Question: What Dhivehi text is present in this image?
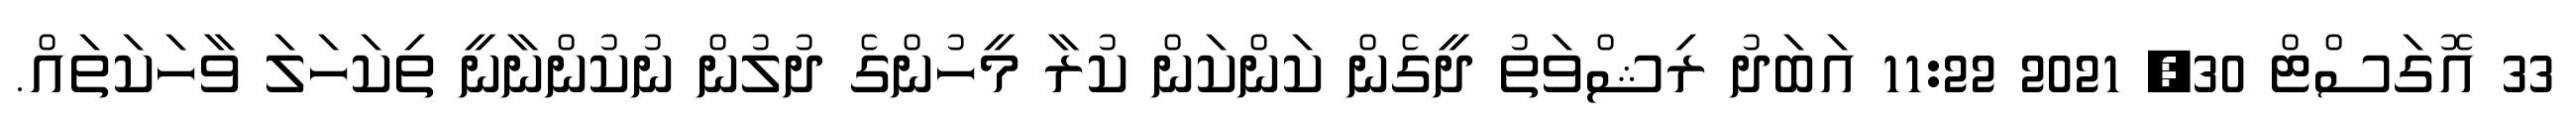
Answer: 33 އޮގަސްޓް 30, 2021 11:22 އަބަދު ރިޝްވަތު ދީގެން ކަންކަން ކުރާ މީހުންގެ ދުލުން ނުކުންނާނީ ތިކަހަލަ ވާހަކަތައް.